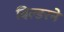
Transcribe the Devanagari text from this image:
बिल्डरने